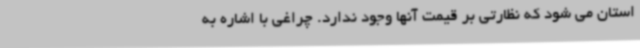
استان می شود که نظارتی بر قیمت آنها وجود ندارد. چراغی با اشاره به